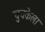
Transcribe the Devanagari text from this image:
चुचकेला